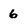
Character: 6